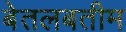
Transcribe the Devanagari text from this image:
बेतलबतीम